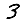
Digit: 3